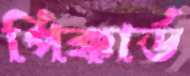
পিক্কার্ড